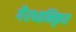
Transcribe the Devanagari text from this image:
गैरध्वनिकृत